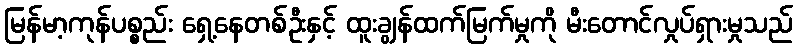
မြန်မာ့ကုန်ပစ္စည်း ရှေ့နေတစ်ဦးနှင့် ထူးချွန်ထက်မြက်မှုကို မီးတောင်လှုပ်ရှားမှုသည်